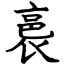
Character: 裛